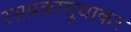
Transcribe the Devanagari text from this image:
रसप्रकासुधाकर